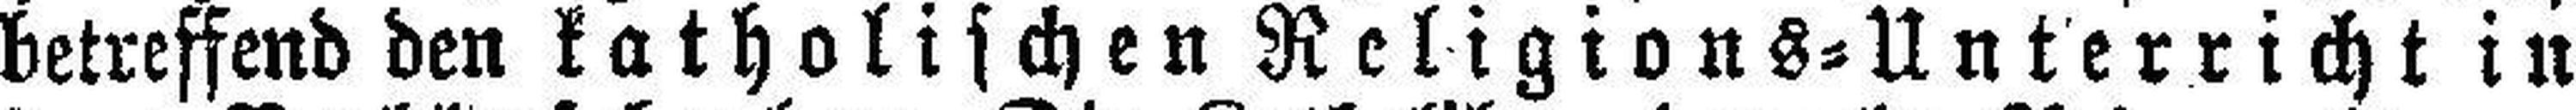
betreffend den katholischen Religions=Unterricht in